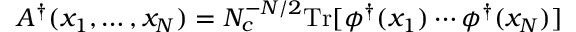
A ^ { \dagger } ( x _ { 1 } , \ldots , x _ { N } ) = N _ { c } ^ { - N / 2 } \mathrm { T r } [ \phi ^ { \dagger } ( x _ { 1 } ) \cdots \phi ^ { \dagger } ( x _ { N } ) ]